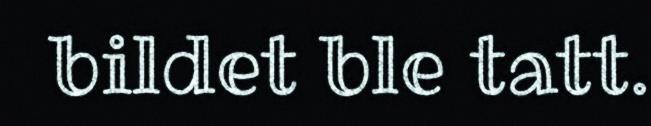
bildet ble tatt.